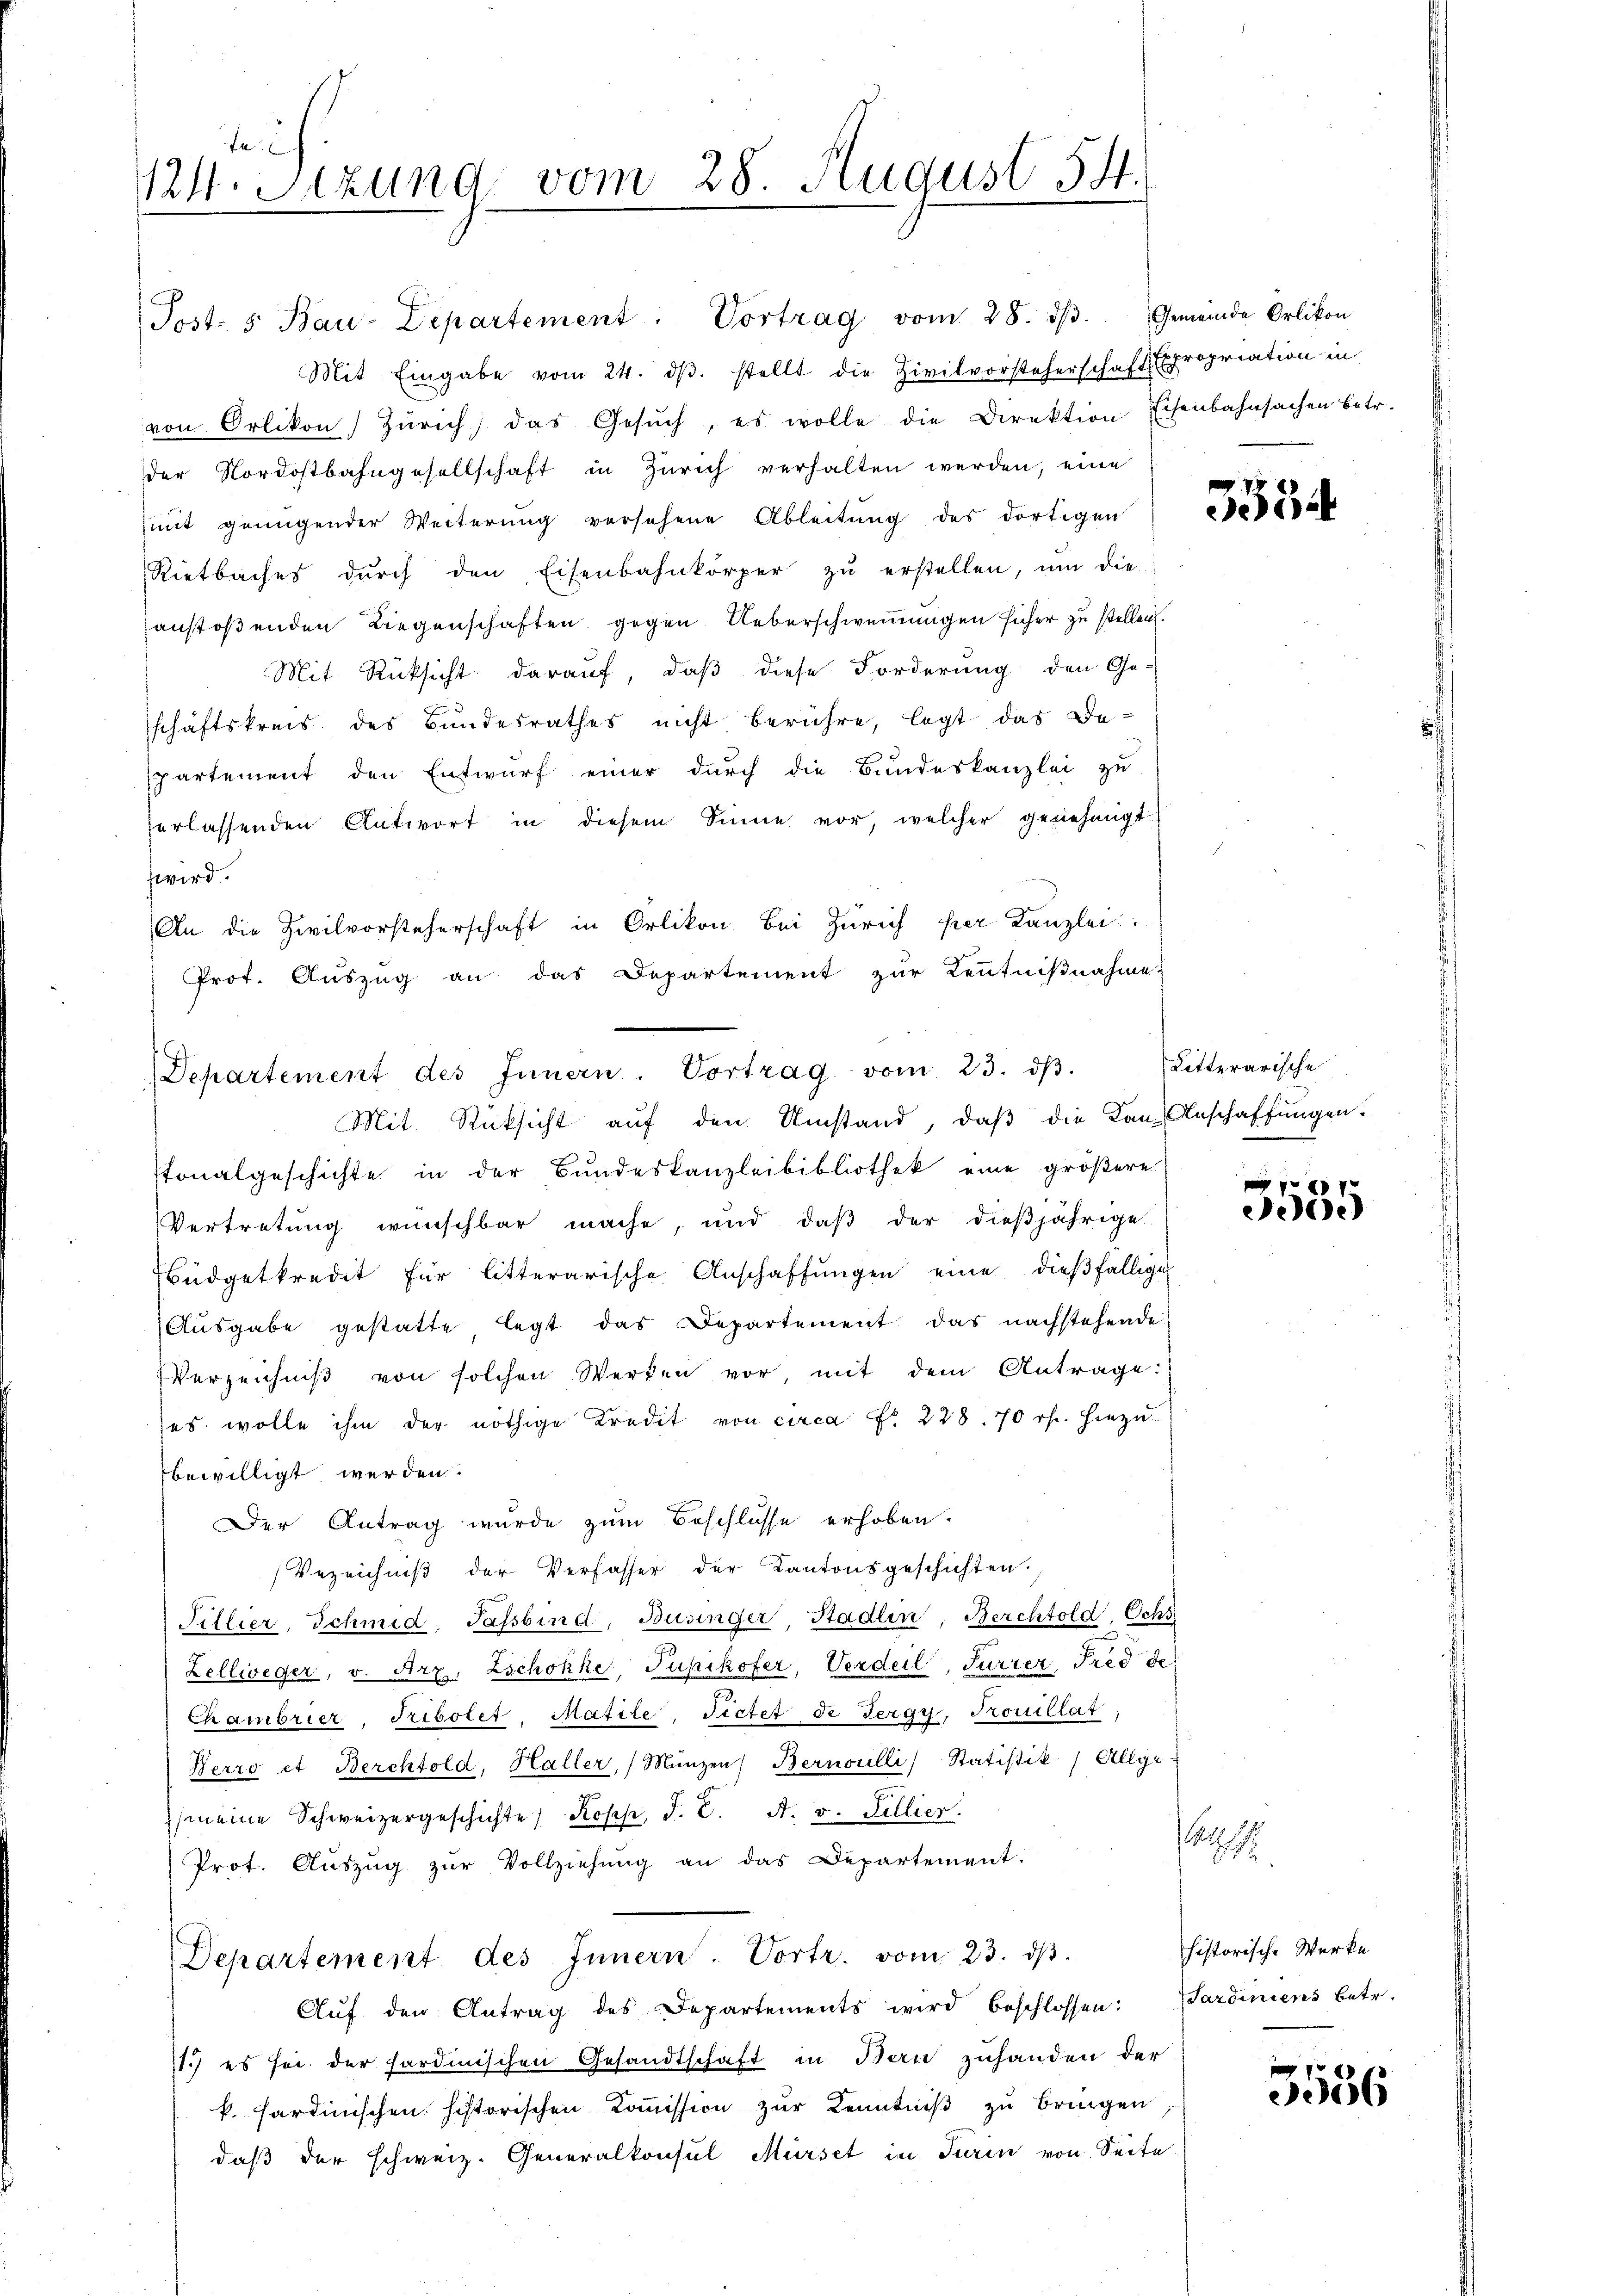
fe
124. Sizung vom 28. August 154.
e

Mit Eingabe vom 24. dβ. stellt die Zivilvorsteherschaft Expropriation in
von Örlikon Zürich, das Gesŭch, es wolle die Direktion Eisenbahnsachen betr.
der Nordostbahngesellschaft in Zürich verhalten werden, eine
mit genügender Weiterŭng versehene Ableitŭng des dortigen
Rietbaches dŭrch den Eisenbahnkörper zŭ erstellen, um die
anstoßenden Liegenschaften gegen Ueberschweinungen sicher zu stellen.
Mit Rücksicht darauf, daß diese Forderung den Ge-
schäftskreis des Bundesrathes nicht berühre, legt das De-
spartement den Entwurf einer durch die Bundeskanzlei zu
erlassenden Antwort in diesem Sinne vor, welcher genehmigt
wird.
An die Zivilvorsteherschaft in Orlikon bei Zürich per Kanzlei
Prot. Auszug an das Departement zur Kenntnißnahme

Post- 5. Bau-Departement: Vortrag vom 28. dβ.

Departement des Innern. Vortrag vom 23. dβ.
Mit Rücksicht auf den Umstand, daß die Kanz-Anschaffungen.

Gemeinde Orlikon

stonalgeschichte in der Bundeskanzleibibliothek eine größere
Vertretung wünschbar mache, und daβ der dießjährige
Büdgetkredit für litterarische Anschaffungen eine dießfällige
Aŭsgabe gestatte legt das Departement das nachstehende
Verzeichniß von solchen Werken vor, mit dem Antrage:
ses wolle ihm der nöthige Kredit von circa Fr. 228. 70 rp. hiezu
bewilligt werden.
Der Antrag wurde zum Beschlüsse erhoben.
Vezeichniß der Verfasser der Kantonsgeschichten.
Fillier, Schmid, Passbind, Büsinger, Stadlin, Berchtold, Ochs
Zellweger, v. Arz. Zschokke, Pupikofer, Verdeil, Furrer, Fred de
Chambrier, Tribolet, Matile, Fictet de Fergy, Trouillat,
Nerro et Berchtold, Haller, Münzen Bernoulli Statistik) Allge
(meine Schweizergeschichte) Kopp, J. C. A. v. Gillier
Prot. Aŭszŭg zŭr Vollziehŭng an das Departement.
Departement des Innern. Vortr. vom 23. dβ.
Aŭf den Antrag des Departements wird beschlossen: „Sardiniens betr.
11.) es sei der sardinischen Gesandtschaft in Bern zuhanden der
k. sardinischen historischen Koṁission zŭr Kenntniβ zŭ bringen,
daß der schweiz. Generalkonsul Mürset in Turin von Seite

5554

Litterarische

xx
055

as
historische Werke

3556